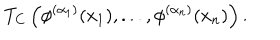
T _ { C } \left( \phi ^ { ( \alpha _ { 1 } ) } ( x _ { 1 } ) , . . . , \phi ^ { ( \alpha _ { n } ) } ( x _ { n } ) \right) .